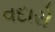
વદારો